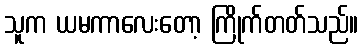
သူက ယမကာလေးတော့ ကြိုက်တတ်သည်။